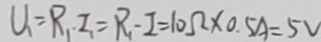
U _ { 1 } = R _ { 1 } I _ { 1 } = R _ { 1 } - I = 1 0 \Omega \times 0 . 5 A = 5 V